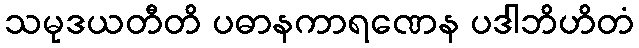
သမုဒယတီတိ ပဓာနကာရဏေန ပဒါဘိဟိတံ